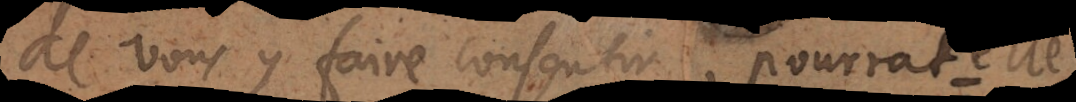
e vous faire consentir, pourrat elle